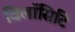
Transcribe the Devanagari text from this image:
विलॉसिटि